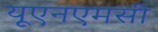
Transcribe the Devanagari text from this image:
यूएनएमसी